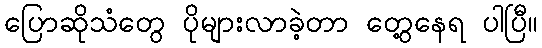
ပြောဆိုသံတွေ ပိုများလာခဲ့တာ တွေ့နေရ ပါပြီ။